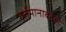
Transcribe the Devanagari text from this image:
वर्तमानाबद्दल